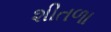
શીતળા